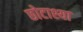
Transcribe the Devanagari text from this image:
छोटाश्या